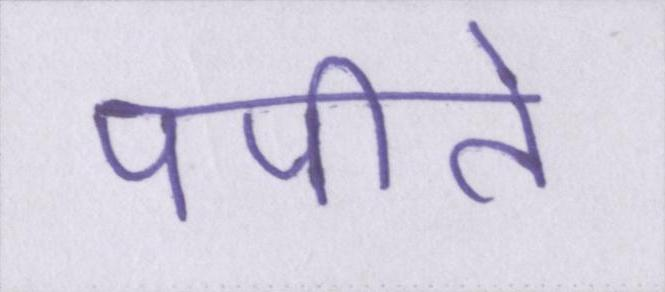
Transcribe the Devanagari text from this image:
पपीते